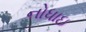
નોધાઇ